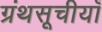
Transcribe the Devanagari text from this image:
ग्रंथसूचीयाँ